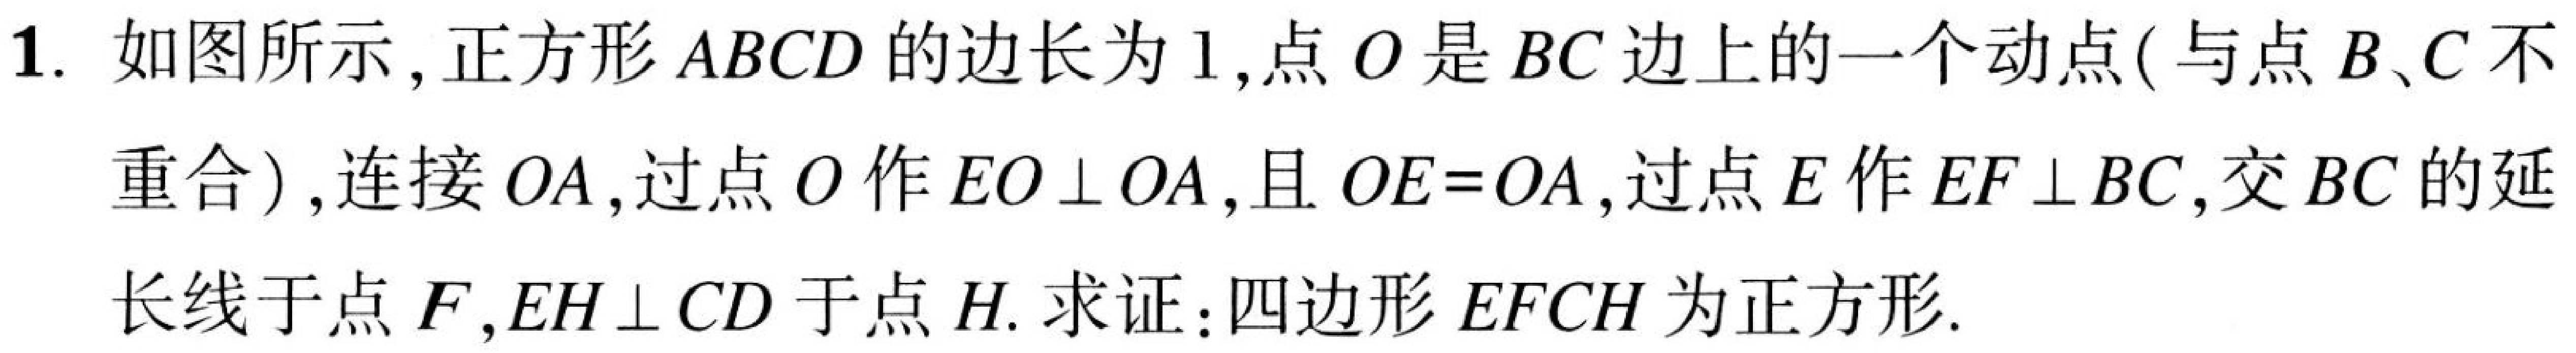
1. 如图所示,正方形$ABCD$的边长为$1$,点$O$是$BC$边上的一个动点( 与点$B、C$不
重合 ),连接$OA$,过点$O$作$EO\perp OA$,且$OE = OA$,过点$E$作$EF\perp BC$,交$BC$的延
长线于点$F$,$EH\perp CD$于点$H$. 求证：四边形$EFCH$为正方形.